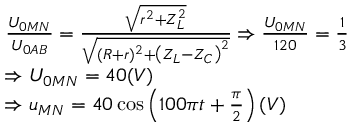
\begin{array} { r l } & { \frac { U _ { 0 M N } } { U _ { 0 A B } } = \frac { \sqrt { r ^ { 2 } + Z _ { L } ^ { 2 } } } { \sqrt { ( R + r ) ^ { 2 } + \left( Z _ { L } - Z _ { C } \right) ^ { 2 } } } \Rightarrow \frac { U _ { 0 M N } } { 1 2 0 } = \frac { 1 } { 3 } } \\ & { \Rightarrow U _ { 0 M N } = 4 0 ( V ) } \\ & { \Rightarrow u _ { M N } = 4 0 \cos \left( 1 0 0 \pi t + \frac { \pi } { 2 } \right) ( V ) } \end{array}